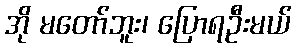
အို မတော်ဘူး၊ ပြောရဦးမယ်